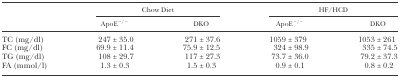
| <ROWSPAN=2>  | <COLSPAN=2> Chow Diet | <COLSPAN=2> HF/HCD |
 | ApoE−/− | DKO | ApoE−/− | DKO |
 | --- | --- | --- | --- | --- |
 | TC (mg/dl) | 247 ± 35.0 | 271 ± 37.6 | 1059 ± 379 | 1053 ± 261 |
 | FC (mg/dl) | 69.9 ± 11.4 | 75.9 ± 12.5 | 324 ± 98.9 | 335 ± 74.5 |
 | TG (mg/dl) | 108 ± 29.7 | 117 ± 27.3 | 73.7 ± 36.0 | 79.2 ± 37.3 |
 | FA (mmol/l) | 1.3 ± 0.3 | 1.5 ± 0.3 | 0.9 ± 0.1 | 0.8 ± 0.2 |